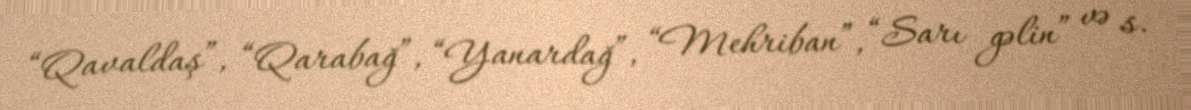
“Qavaldaş”, “Qarabağ”, “Yanardağ”, “Mehriban”, “Sarı gəlin” və s.